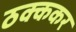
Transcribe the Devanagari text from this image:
ठक्ककर